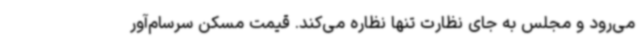
می‌رود و مجلس به جای نظارت تنها نظاره می‌کند. قیمت مسکن سرسام‌آور